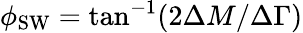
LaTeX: \phi_{\mathrm{SW}}=\tan^{-1}(2\Delta M/\Delta\Gamma)